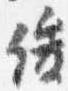
俊